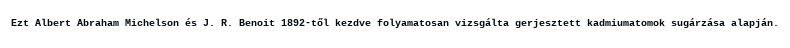
Ezt Albert Abraham Michelson és J. R. Benoit 1892-től kezdve folyamatosan vizsgálta gerjesztett kadmiumatomok sugárzása alapján.